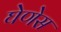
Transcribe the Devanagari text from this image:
घेणेस